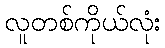
လူတစ်ကိုယ်လုံး